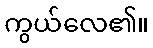
ကွယ်လေ၏။